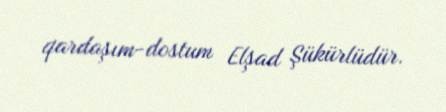
qardaşım-dostum Elşad Şükürlüdür.